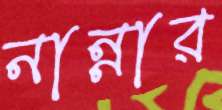
নান্নার